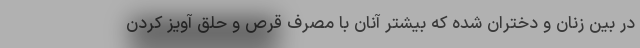
در بین زنان و دختران شده که بیشتر آنان با مصرف قرص و حلق آویز کردن